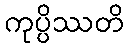
ကုပ္ပိဿတိ